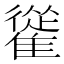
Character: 𩀰